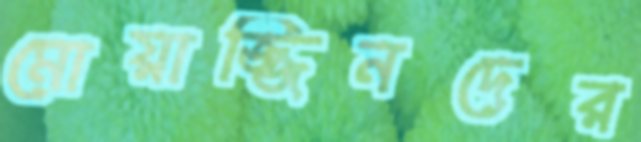
মোয়াজ্জিনদের